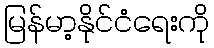
မြန်မာ့နိုင်ငံရေးကို